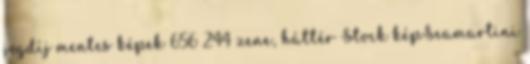
jogdíj mentes képek 656 244 zene, háttér Stock képSeamartini